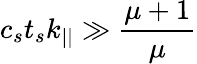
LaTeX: c_{s}t_{s}k_{||}\gg\frac{\mu+1}\mu